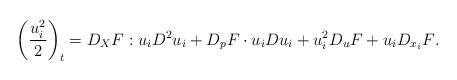
LaTeX: \begin{align*} \displaystyle{\left(\frac{u_i^{2}}{2}\right)_t=D_XF:u_i D^2u_i+D_pF\cdot u_i Du_i+u_i^2D_uF+u_iD_{x_i}F}.\end{align*}